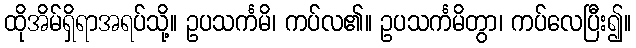
ထိုအိမ်ရှိရာအရပ်သို့။ ဥပသင်္ကမိ၊ ကပ်လ၏။ ဥပသင်္ကမိတွာ၊ ကပ်လေပြီး၍။